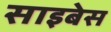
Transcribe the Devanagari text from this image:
साइबेस